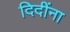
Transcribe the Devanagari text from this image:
दिदींना